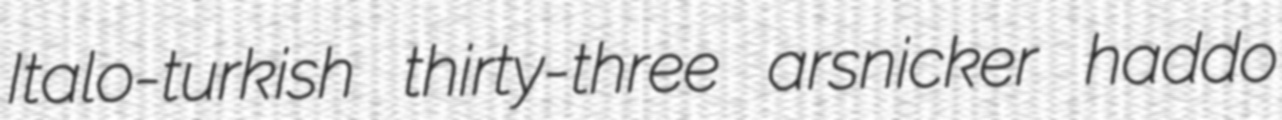
Italo-turkish thirty-three arsnicker haddo